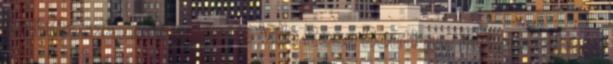
és infraszaunát is kínáló Villa Rosa Boutique Hotel szállása